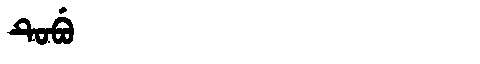
Manchu: ᡨᡠᠪᡠ
Romanization: TUBU